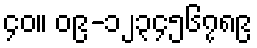
၄၀။ ၀၉-၁၂၃၄၅၆၇၈၉